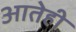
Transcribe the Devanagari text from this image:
आतेही